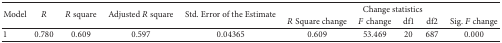
| <ROWSPAN=2> Model | <ROWSPAN=2> R | <ROWSPAN=2> R square | <ROWSPAN=2> Adjusted R square | <ROWSPAN=2> Std. Error of the Estimate | <COLSPAN=5> Change statistics |
 | R Square change | F change | df1 | df2 | Sig. F change |
 | --- | --- | --- | --- | --- | --- | --- | --- | --- | --- |
 | 1 | 0.780 | 0.609 | 0.597 | 0.04365 | 0.609 | 53.469 | 20 | 687 | 0.000 |